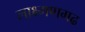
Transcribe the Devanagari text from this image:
लाक्ष्मणगढ